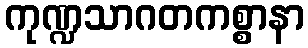
ကုဏ္ဍသာဂတကစ္စာနာ